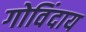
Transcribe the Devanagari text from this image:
गोविंदाय